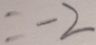
= - 2